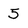
Character: 5